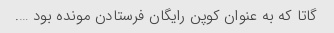
گاتا که به عنوان کوپن رایگان فرستادن مونده بود ….